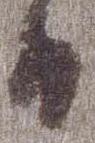
日